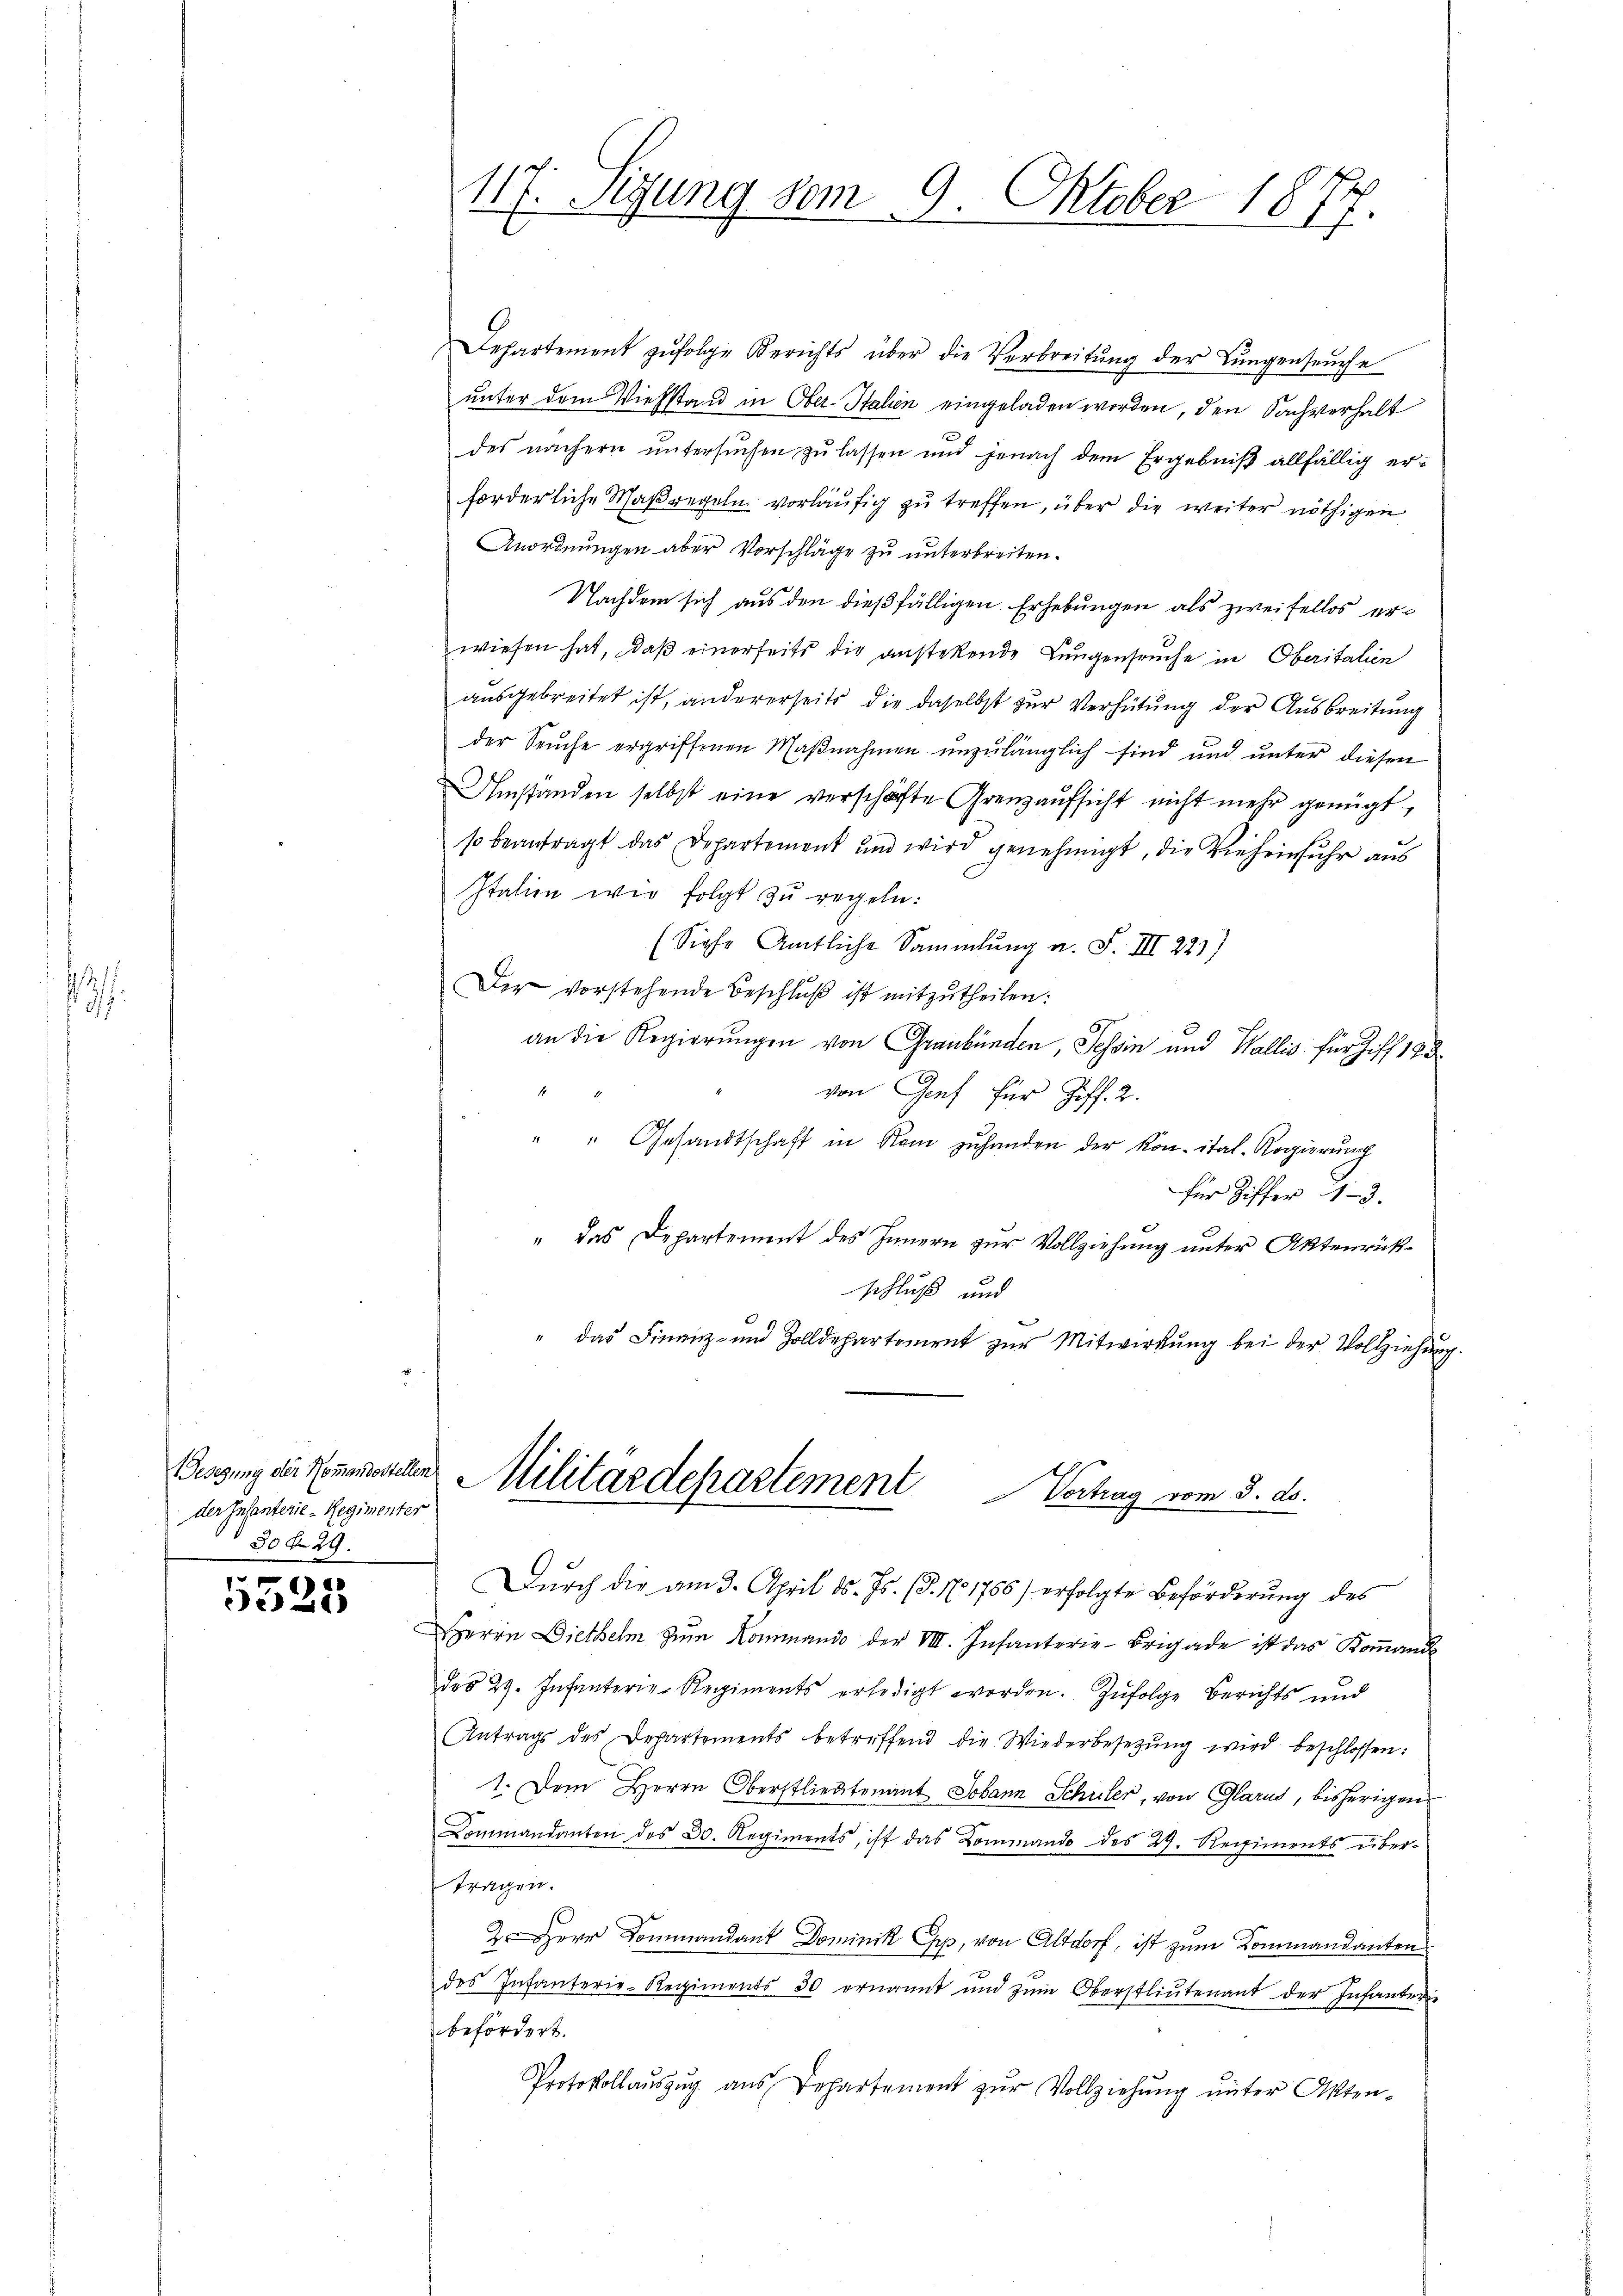
3

Gesezung der Kommandestellen
der Infanterie-Regimenter
30 n 29.

5525

117. Sigung vom 9. Oktober 1877.

Departement zŭfolge Berichts über die Verbreitŭng der Lungenseuche
unter dem Viehstand in Ober-Stahen eingeladen worden, den Sachverhalt
e
des nächern ŭntersŭchen zŭ lassen und jenach dem Ergebniβ allfällig erforderliche Maßregeln vorläufig zu treffen, über die weiter nöthigen
Anordnungen aber Vorschläge zu unterbreiten.
Nachdem sich aus den dießfälligen Erhebungen als zweifellos erwiesen hat, daß einerseits die anstetende Lungenseuche in Oberitalien
ausgebreitet ist, andererseits die daselbst zur Verhütung der Ausbreitung
der Seuche ergriffenen Maßnahmen unzulänglich sind und unter diesen
Umstanden selbst eine verschäfte Grenzaŭfsicht nicht mehr genügt,
so beantragt das Departement und wird genehmigt, die Vieheinfuhr aus
Italien wie folgt zu regeln:
(Siehe Amtliche Sammlung u. S. III 227)
Der vorstehende Beschlŭβ ist mitzŭtheilen:
an die Regierungen von Graubünden, Tessin und Wallis für Ziff. 183
4
von Genf für Ziff. 2.
" " Gesandtschaft in Rom zuhanden der Kon- ital-Regierung
für Ziffer 13.
" das Departement des Innern zur Vollziehung unter Aktenrückschluß und
" das Finanz- und Zolldepartement zŭr Mitwirkung bei der Vollziehung.
Militärdepartement

Vortrag vom 3. ds.

Durch die am 3. April d. Js. (§. 17. 1756) erfolgte Beförderung des
Herrn Diethelm zum Kommando der VIII. Infanterie-Brigade ist das Komando
des 29. Infanterie-Regiments erledigt worden. Zŭfolge Berichts und
Antrags des Departements betreffend die Wiederbesetzŭng wird beschlossen:
1. Dem Herrn Oberstlieutenant Johann Schuler, von Glarus, bisherigen
Commandanten des 20. Regiments, ist das Kommando des 29. Regiments über-
tragen.
Herr Dommandant Dominik Epp, von Altdorf, ist zum Kommandanten
des Infanterie-Regiments 30 ernannt und zum Oberstliutenant der Infanterie
befördert.
Protokollaŭszŭg aŭs Departement zŭr Vollziehŭng ŭnter Akten-